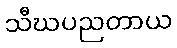
သီဃပညတာယ